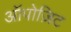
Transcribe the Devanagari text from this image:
ऑपोज़िट